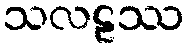
သလဠဿ